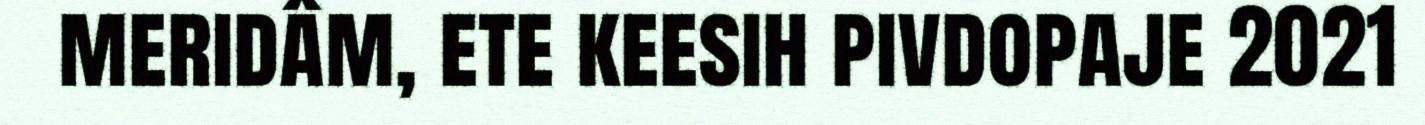
meridâm, ete keesih pivdopaje 2021